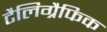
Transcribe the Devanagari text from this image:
टैलिग्रैफिक